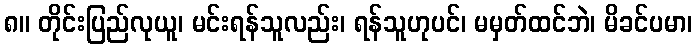
၈။ တိုင်းပြည်လုယူ၊ မင်းရန်သူလည်း၊ ရန်သူဟုပင်၊ မမှတ်ထင်ဘဲ၊ မိခင်ပမာ၊